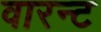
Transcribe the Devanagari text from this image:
वारन्‍ट